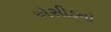
એસીડનો